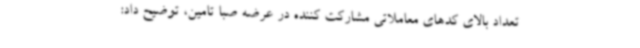
تعداد بالای کدهای معاملاتی مشارکت کننده در عرضه صبا تامین، توضیح داد: